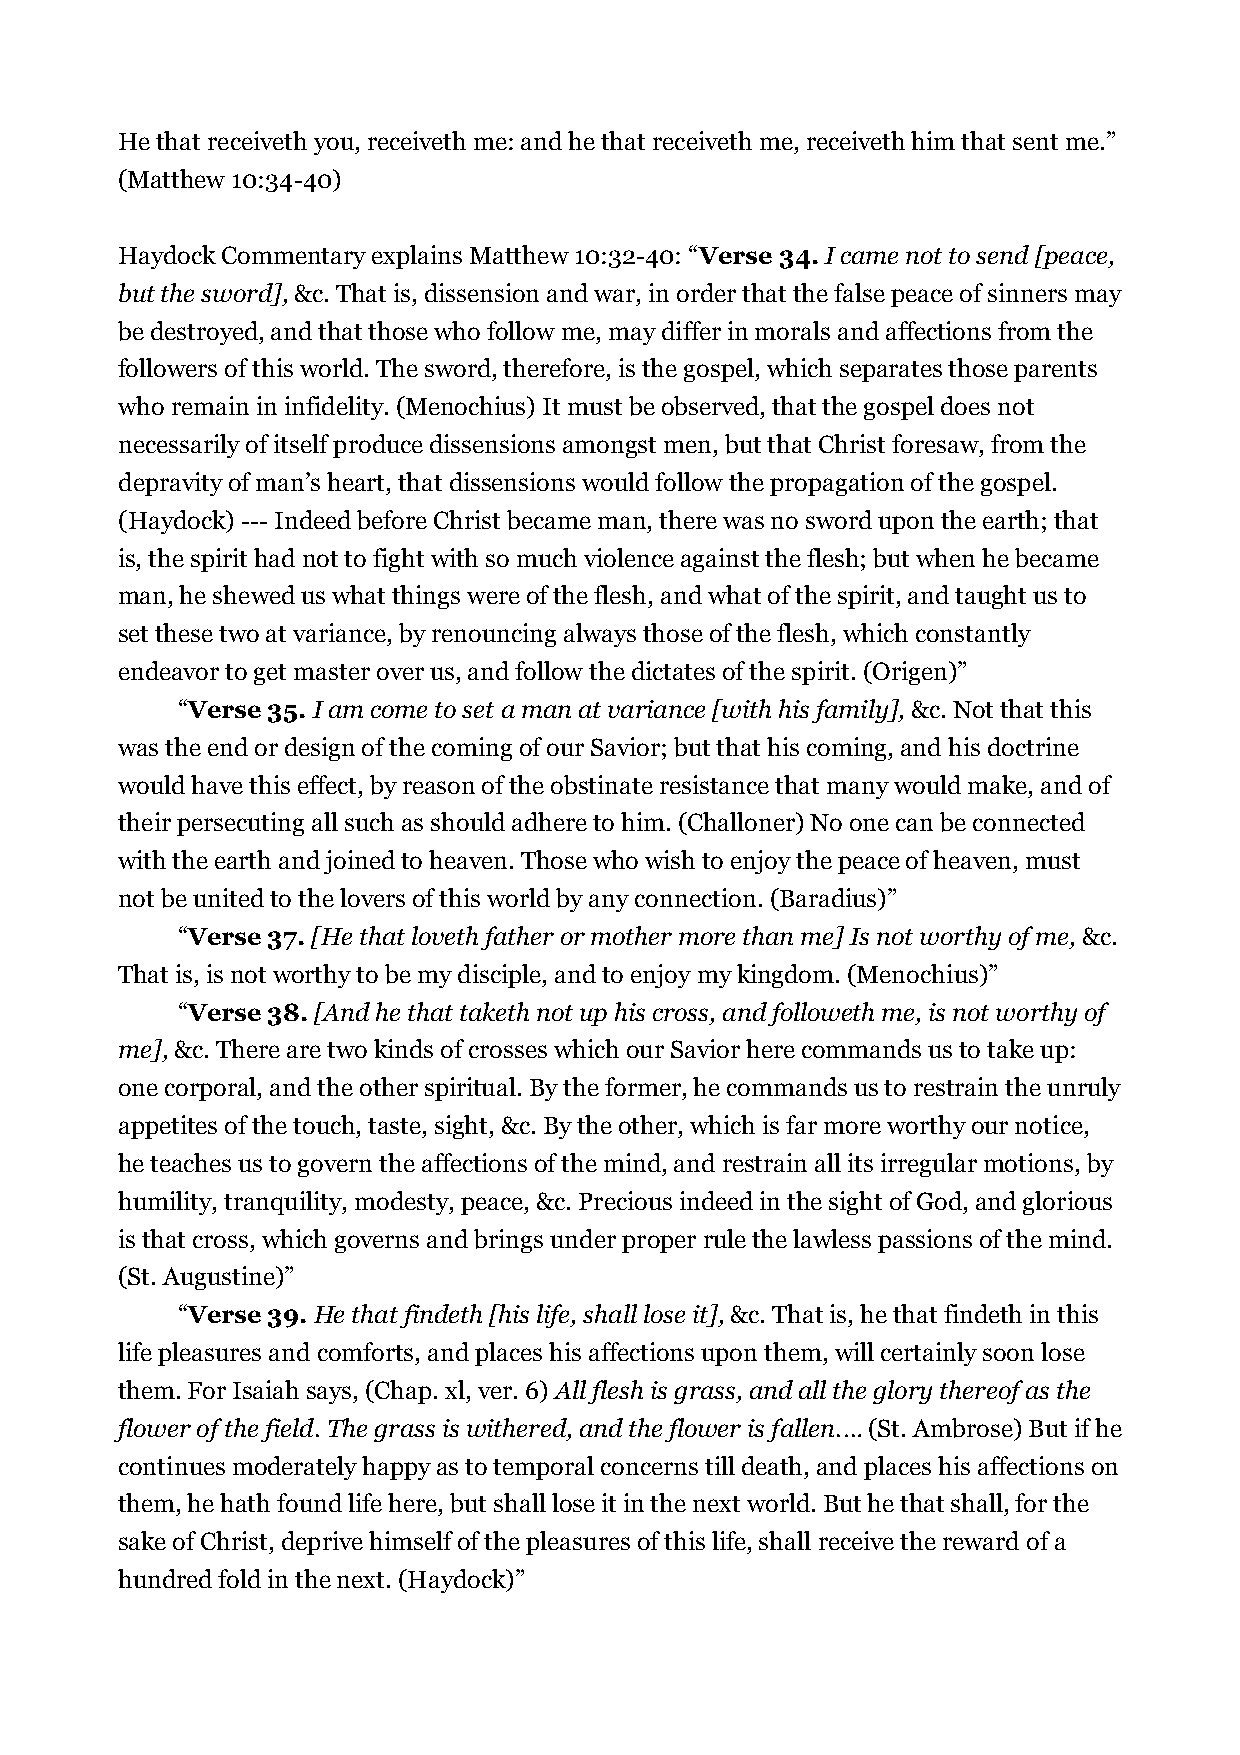
He that receiveth you, receiveth me: and he that receiveth me, receiveth him that sent me.”
 (Matthew 10:34-40)
 Haydock Commentary explains Matthew 10:32-40: “Verse 34. I came not to send [peace,
 but the sword], &c. That is, dissension and war, in order that the false peace of sinners may
 be destroyed, and that those who follow me, may differ in morals and affections from the
 followers of this world. The sword, therefore, is the gospel, which separates those parents
 who remain in infidelity. (Menochius) It must be observed, that the gospel does not
 necessarily of itself produce dissensions amongst men, but that Christ foresaw, from the
 depravity of man’s heart, that dissensions would follow the propagation of the gospel.
 (Haydock) --- Indeed before Christ became man, there was no sword upon the earth; that
 is, the spirit had not to fight with so much violence against the flesh; but when he became
 man, he shewed us what things were of the flesh, and what of the spirit, and taught us to
 set these two at variance, by renouncing always those of the flesh, which constantly
 endeavor to get master over us, and follow the dictates of the spirit. (Origen)”
 “Verse 35. I am come to set a man at variance [with his family], &c. Not that this
 was the end or design of the coming of our Savior; but that his coming, and his doctrine
 would have this effect, by reason of the obstinate resistance that many would make, and of
 their persecuting all such as should adhere to him. (Challoner) No one can be connected
 with the earth and joined to heaven. Those who wish to enjoy the peace of heaven, must
 not be united to the lovers of this world by any connection. (Baradius)”
 “Verse 37. [He that loveth father or mother more than me] Is not worthy of me, &c.
 That is, is not worthy to be my disciple, and to enjoy my kingdom. (Menochius)”
 “Verse 38. [And he that taketh not up his cross, and followeth me, is not worthy of
 me], &c. There are two kinds of crosses which our Savior here commands us to take up:
 one corporal, and the other spiritual. By the former, he commands us to restrain the unruly
 appetites of the touch, taste, sight, &c. By the other, which is far more worthy our notice,
 he teaches us to govern the affections of the mind, and restrain all its irregular motions, by
 humility, tranquility, modesty, peace, &c. Precious indeed in the sight of God, and glorious
 is that cross, which governs and brings under proper rule the lawless passions of the mind.
 (St. Augustine)”
 “Verse 39. He that findeth [his life, shall lose it], &c. That is, he that findeth in this
 life pleasures and comforts, and places his affections upon them, will certainly soon lose
 them. For Isaiah says, (Chap. xl, ver. 6) All flesh is grass, and all the glory thereof as the
 flower of the field. The grass is withered, and the flower is fallen.… (St. Ambrose) But if he
 continues moderately happy as to temporal concerns till death, and places his affections on
 them, he hath found life here, but shall lose it in the next world. But he that shall, for the
 sake of Christ, deprive himself of the pleasures of this life, shall receive the reward of a
 hundred fold in the next. (Haydock)”